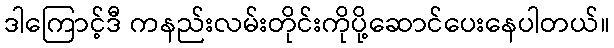
ဒါကြောင့်ဒီ ကနည်းလမ်းတိုင်းကိုပို့ဆောင်ပေးနေပါတယ်။